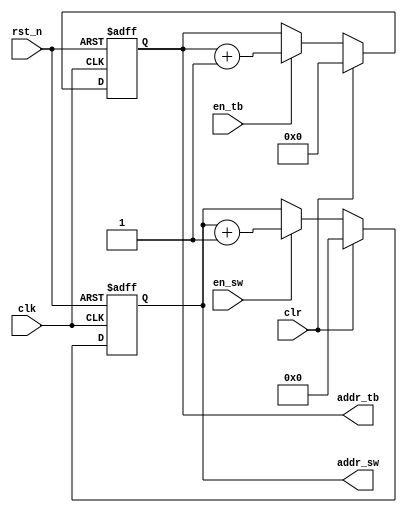
`default_nettype none

module addr_gen
#(
  parameter ADDR_SW = 12,
  parameter ADDR_TB = 8
) (
  input  wire               rst_n,
  input  wire               clk,
  input  wire               clr,
  input  wire               en_sw,
  input  wire               en_tb,
  output reg  [ADDR_SW-1:0] addr_sw,
  output reg  [ADDR_TB-1:0] addr_tb
);

wire [ADDR_SW-1:0] nxt_sw = (clr) ? 0
                                  : (en_sw) ? addr_sw+1
                                            : addr_sw;
wire [ADDR_TB-1:0] nxt_tb = (clr) ? 0
                                  : (en_tb) ? addr_tb+1
                                            : addr_tb;

always @(posedge clk or negedge rst_n) begin
  if(~rst_n) begin
    addr_sw <= 0;
    addr_tb <= 0;
  end else begin
    addr_sw <= #1 nxt_sw;
    addr_tb <= #1 nxt_tb;
  end
end

endmodule
`default_nettype wire